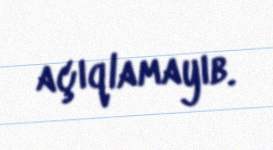
açıqlamayıb.